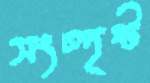
সংস্পৃষ্ট